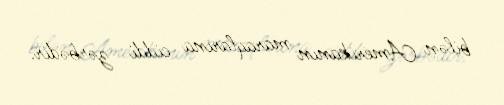
bilən Amerikanın maraqlarına ciddi zərbədir.